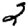
Digit: 2